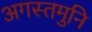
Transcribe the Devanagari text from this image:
अगस्तमुनि